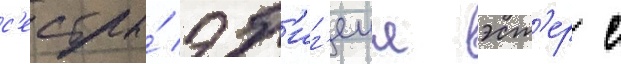
с'естры́ эб'иг'еил эст'ер с